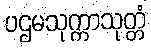
ပဌမသုက္ကာသုတ္တံ